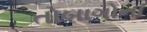
તોબાગોના